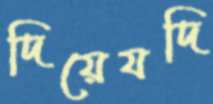
দিয়েযদি